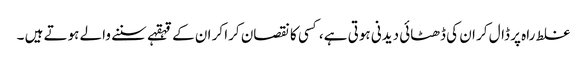
غلط راہ پر ڈال کر ان کی ڈھٹائی دیدنی ہوتی ہے، کسی کا نقصان کرا کر ان کے قہقہے سننے والے ہوتے ہیں ۔